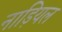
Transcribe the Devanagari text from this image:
नाड़ियल